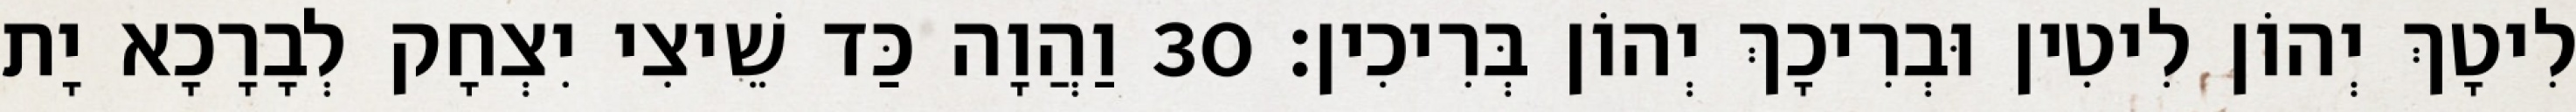
לִיטָךְ יְהוֹן לִיטִין וּבְרִיכָךְ יְהוֹן בְּרִיכִין׃ 30 וַהֲוָה כַּד שֵׁיצִי יִצְחָק לְבָרָכָא יָת